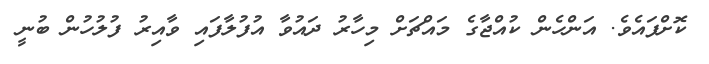
ކޮށްފައެވެ. އަންހެން ކުއްޖާގެ މައްޗަށް މިހާރު ދައުވާ އުފުލާފައި ވާއިރު ފުލުހުން ބުނީ